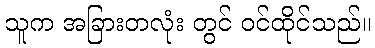
သူက အခြားတလုံး တွင် ဝင်ထိုင်သည်။